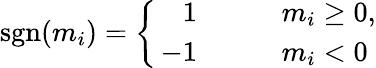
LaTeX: \operatorname{sgn}(m_{i})=\left\{ \begin{array}{rlrl}{\, 1}&{{}}&{}&{{}m_{i}\ge 0,}\\ {\, -1}&{{}}&{}&{{}m_{i}<0}\end{array}\right.